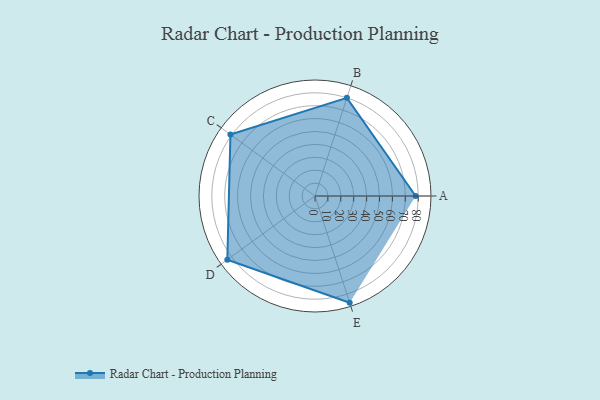
{"axis": {"x": "Skill", "y": "Score"}, "legend": ["Profile"], "data": [{"x": "A", "y": 78.0, "type": "Profile"}, {"x": "B", "y": 80.0, "type": "Profile"}, {"x": "C", "y": 81.0, "type": "Profile"}, {"x": "D", "y": 84.0, "type": "Profile"}, {"x": "E", "y": 87.0, "type": "Profile"}]}